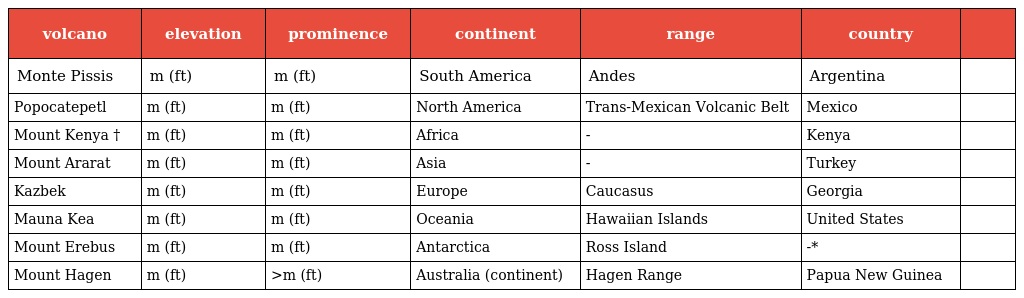
| volcano | elevation | prominence | continent | range | country |  |
 | --- | --- | --- | --- | --- | --- | --- |
 | Monte Pissis | m (ft) | m (ft) | South America | Andes | Argentina |  |
 | Popocatepetl | m (ft) | m (ft) | North America | Trans-Mexican Volcanic Belt | Mexico |  |
 | Mount Kenya † | m (ft) | m (ft) | Africa | - | Kenya |  |
 | Mount Ararat | m (ft) | m (ft) | Asia | - | Turkey |  |
 | Kazbek | m (ft) | m (ft) | Europe | Caucasus | Georgia |  |
 | Mauna Kea | m (ft) | m (ft) | Oceania | Hawaiian Islands | United States |  |
 | Mount Erebus | m (ft) | m (ft) | Antarctica | Ross Island | -* |  |
 | Mount Hagen | m (ft) | >m (ft) | Australia (continent) | Hagen Range | Papua New Guinea |  |